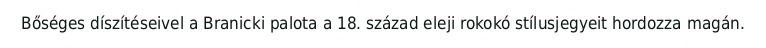
Bőséges díszítéseivel a Branicki palota a 18. század eleji rokokó stílusjegyeit hordozza magán.